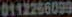
0112256099